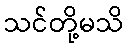
သင်တို့မသိ